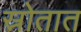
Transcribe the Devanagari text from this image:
स्रोतात